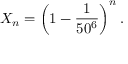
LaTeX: X _ { n } = \left( 1 - { \frac { 1 } { 5 0 ^ { 6 } } } \right) ^ { n } .